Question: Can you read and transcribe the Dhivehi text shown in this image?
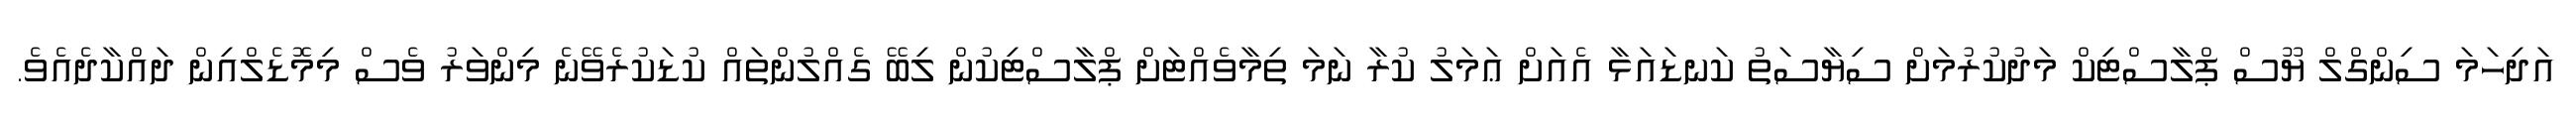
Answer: އަދިހަމަ ސިންގްލް ޔޫސް ޕްލާސްޓިކް މަދުކުރުމަށް ސިޔާސަތު ކަނޑައަޅާ އެއަށް ޢަމަލު ކުރާ ނަމަ ތިމާވެއްޓަށް ޕްލާސްޓިކުން ލިބޭ ގެއްލުންތައް ކުޑަކުރެވޭނެ މިންވަރު ވެސް މިމޮޑެލްއިން ދައްކާދެއެވެ.